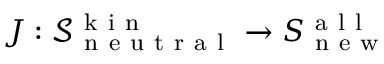
J : \mathcal { S } _ { \mathrm { ~ n ~ e ~ u ~ t ~ r ~ a ~ l ~ } } ^ { \mathrm { ~ k ~ i ~ n ~ } } \to S _ { \mathrm { ~ n ~ e ~ w ~ } } ^ { \mathrm { ~ a ~ l ~ l ~ } }